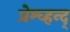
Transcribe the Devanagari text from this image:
प्रेम्च्हन्द्